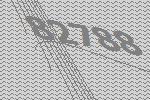
82788